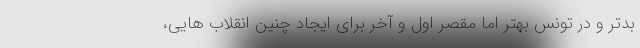
بدتر و در تونس بهتر اما مقصر اول و آخر برای ایجاد چنین انقلاب هایی،